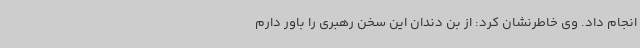
انجام داد. وی خاطرنشان کرد: از بن دندان این سخن رهبری را باور دارم